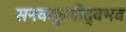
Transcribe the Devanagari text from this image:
सनककुलोद्वभव